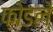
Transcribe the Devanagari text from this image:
फ़ोडले